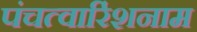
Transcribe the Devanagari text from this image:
पंचत्वारिंशनाम